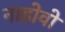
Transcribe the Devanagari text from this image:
नाहोवो